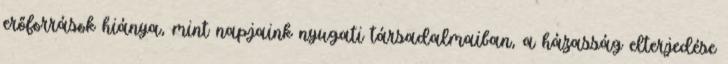
erőforrások hiánya, mint napjaink nyugati társadalmaiban, a házasság elterjedése